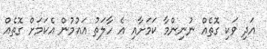
އަދި ވަކި ގޮތެއް ނުނިންމާ ކަމަށާއި އެ ހާލަތު އައުމުން އެކަމަށް ގޮތެއް